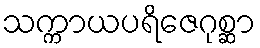
သက္ကာယပရိဇေဂုစ္ဆာ